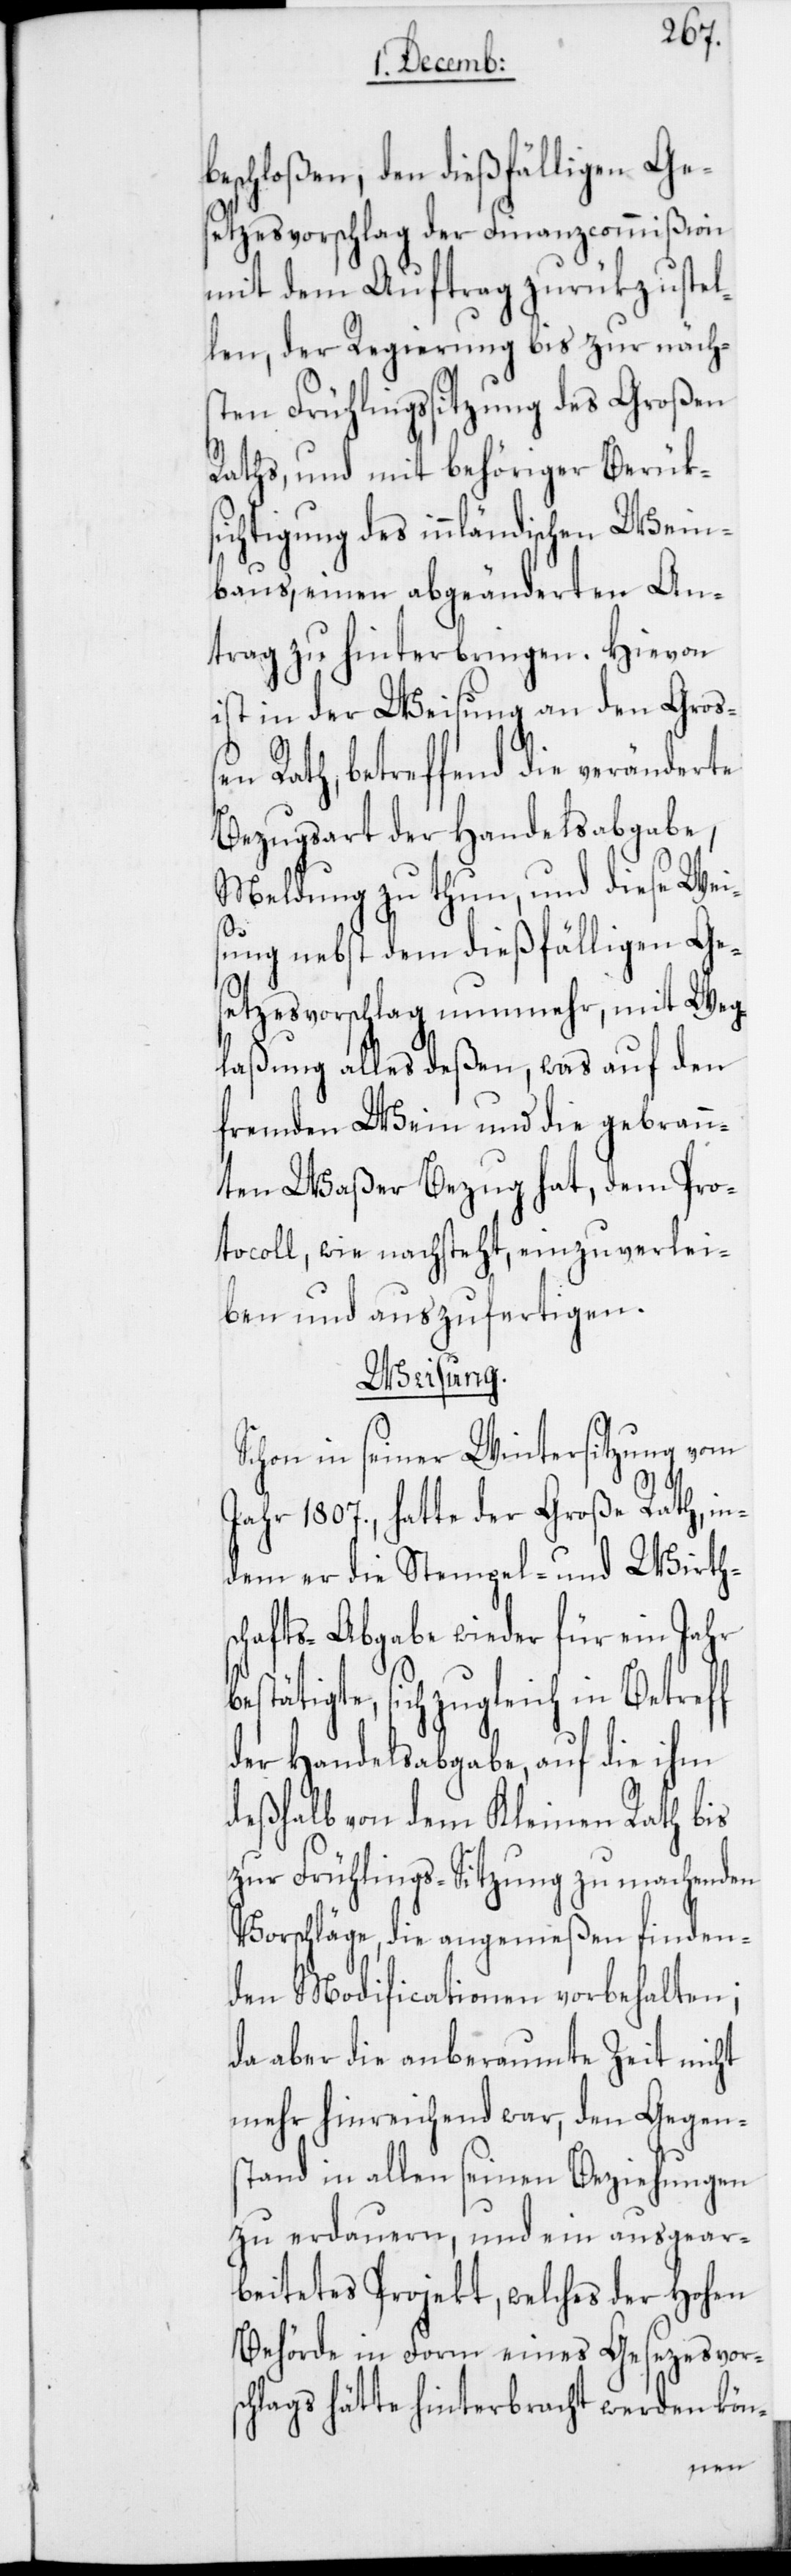
beschloßen, den dießfälligen Ges¬
etzesvorschlag der Finanzcommißion
mit dem Auftrag zurükzustel¬
len, der Regierung bis zur nächs¬
ten Frühlingssitzung des Großen
Raths, und mit behöriger Berüks¬
ichtigung des innländischen Wein¬
baus, einen abgeänderten An¬
trag zu hinterbringen. Hievon
ist in der Weisung an den Groß¬
en Rath, betreffend die veränderete
Bezugsart der Handelsabgabe,
Meldung zu thun, und diese Wei¬
b¬
ung nebst dem dießfälligen Ge¬
setzesvorschlag nunmehr, mit Weg¬
laßung alles deßen, was auf den
fremden Wein und die gebran¬
nten Waßer Bezug hat, dem Pro¬
tocoll, wie nachsteht, einzuverlei¬
ben und auszufertigen.
Weisung.
Schon in seiner Wintersitzung vom
Jahr 1807., hatte der Große Rath, in¬
dem er die Stempel- und Wirthsc¬
hafts-Abgabe wieder für ein Jahr
estätigte, sich zugleich in Betreff
der Handelsabgabe auf die ihm
deßhalb von dem Kleinen Rath bis
zur Frühlings-Sitzung zu machenden
Vorschläge, die angemeßen finden¬
den Modificationen vorbehalten;
da aber die anberaumte Zeit nicht
mehr hinreichend war, den Gegen¬
stand in allen seinen Beziehungen
zu erdauern, und ein ausgear¬
beitetes Projekt, welches der hohen
Behörde in Form eines Gesetzesvors¬
chlags hätte hinterbracht werden kön-